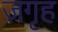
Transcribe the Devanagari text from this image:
जगृह